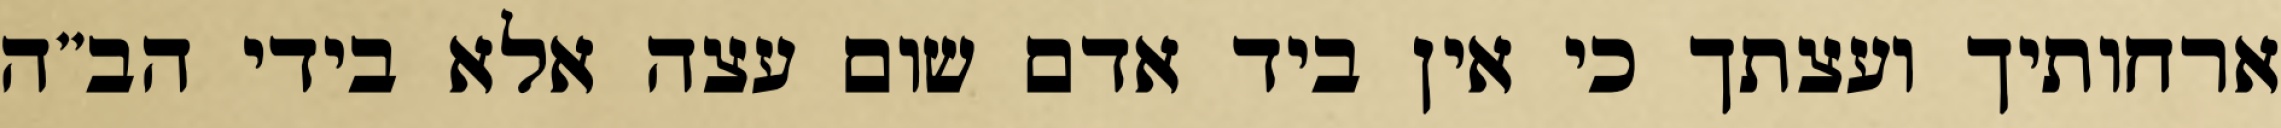
ארחותיך ועצתך כי אין ביד אדם שום עצה אלא בידי הב”ה